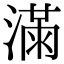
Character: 𣼛